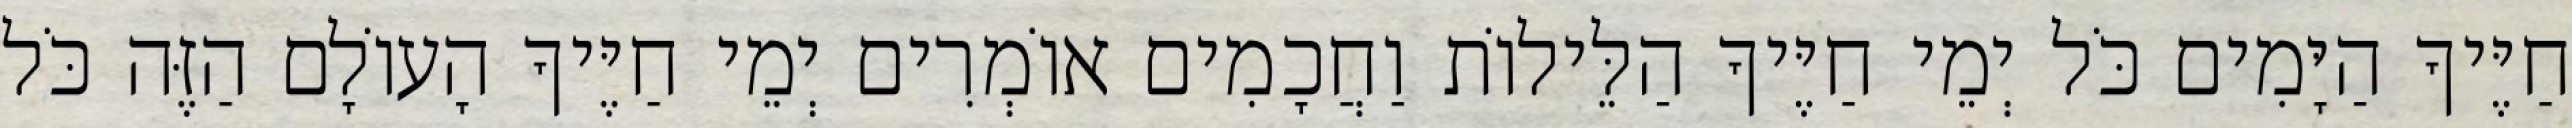
חַיֶּיךָ הַיָּמִים כֹּל יְמֵי חַיֶּיךָ הַלֵּילוֹת וַחֲכָמִים אוֹמְרִים יְמֵי חַיֶּיךָ הָעוֹלָם הַזֶּה כֹּל